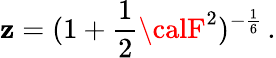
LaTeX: \mathbf{z}=({1+{\frac{{1}}{{2}}}{\calF}^{2}})^{-{\frac{{1}}{{6}}}}\, .